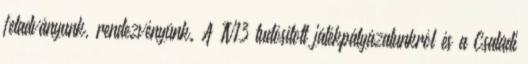
feladványunk, rendezvényünk. A TV13 tudósított játékpályázatunkról és a Családi